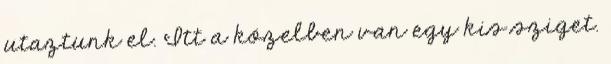
utaztunk el. Itt a közelben van egy kis sziget.